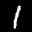
Label: 1